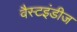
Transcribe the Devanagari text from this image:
वैस्टइंडीज